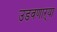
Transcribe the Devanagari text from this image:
उडवणाऱ्या